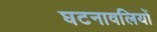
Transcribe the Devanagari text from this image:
घटनावलियों